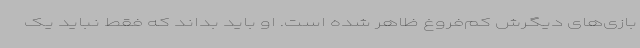
بازی‌های دیگرش کم‌فروغ ظاهر شده است. او باید بداند که فقط نباید یک